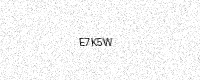
Text: E7K5W